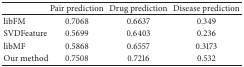
|  | Pair prediction | Drug prediction | Disease prediction |
 | --- | --- | --- | --- |
 | libFM | 0.7068 | 0.6637 | 0.349 |
 | SVDFeature | 0.5699 | 0.6403 | 0.236 |
 | libMF | 0.5868 | 0.6557 | 0.3173 |
 | Our method | 0.7508 | 0.7216 | 0.532 |